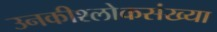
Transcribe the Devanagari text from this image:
उनकीश्लोकसंख्या